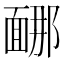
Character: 𩈩